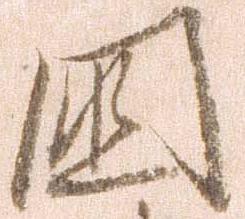
国